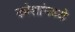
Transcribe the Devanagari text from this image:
कोशांमध्ये